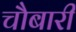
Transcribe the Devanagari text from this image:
चौबारी